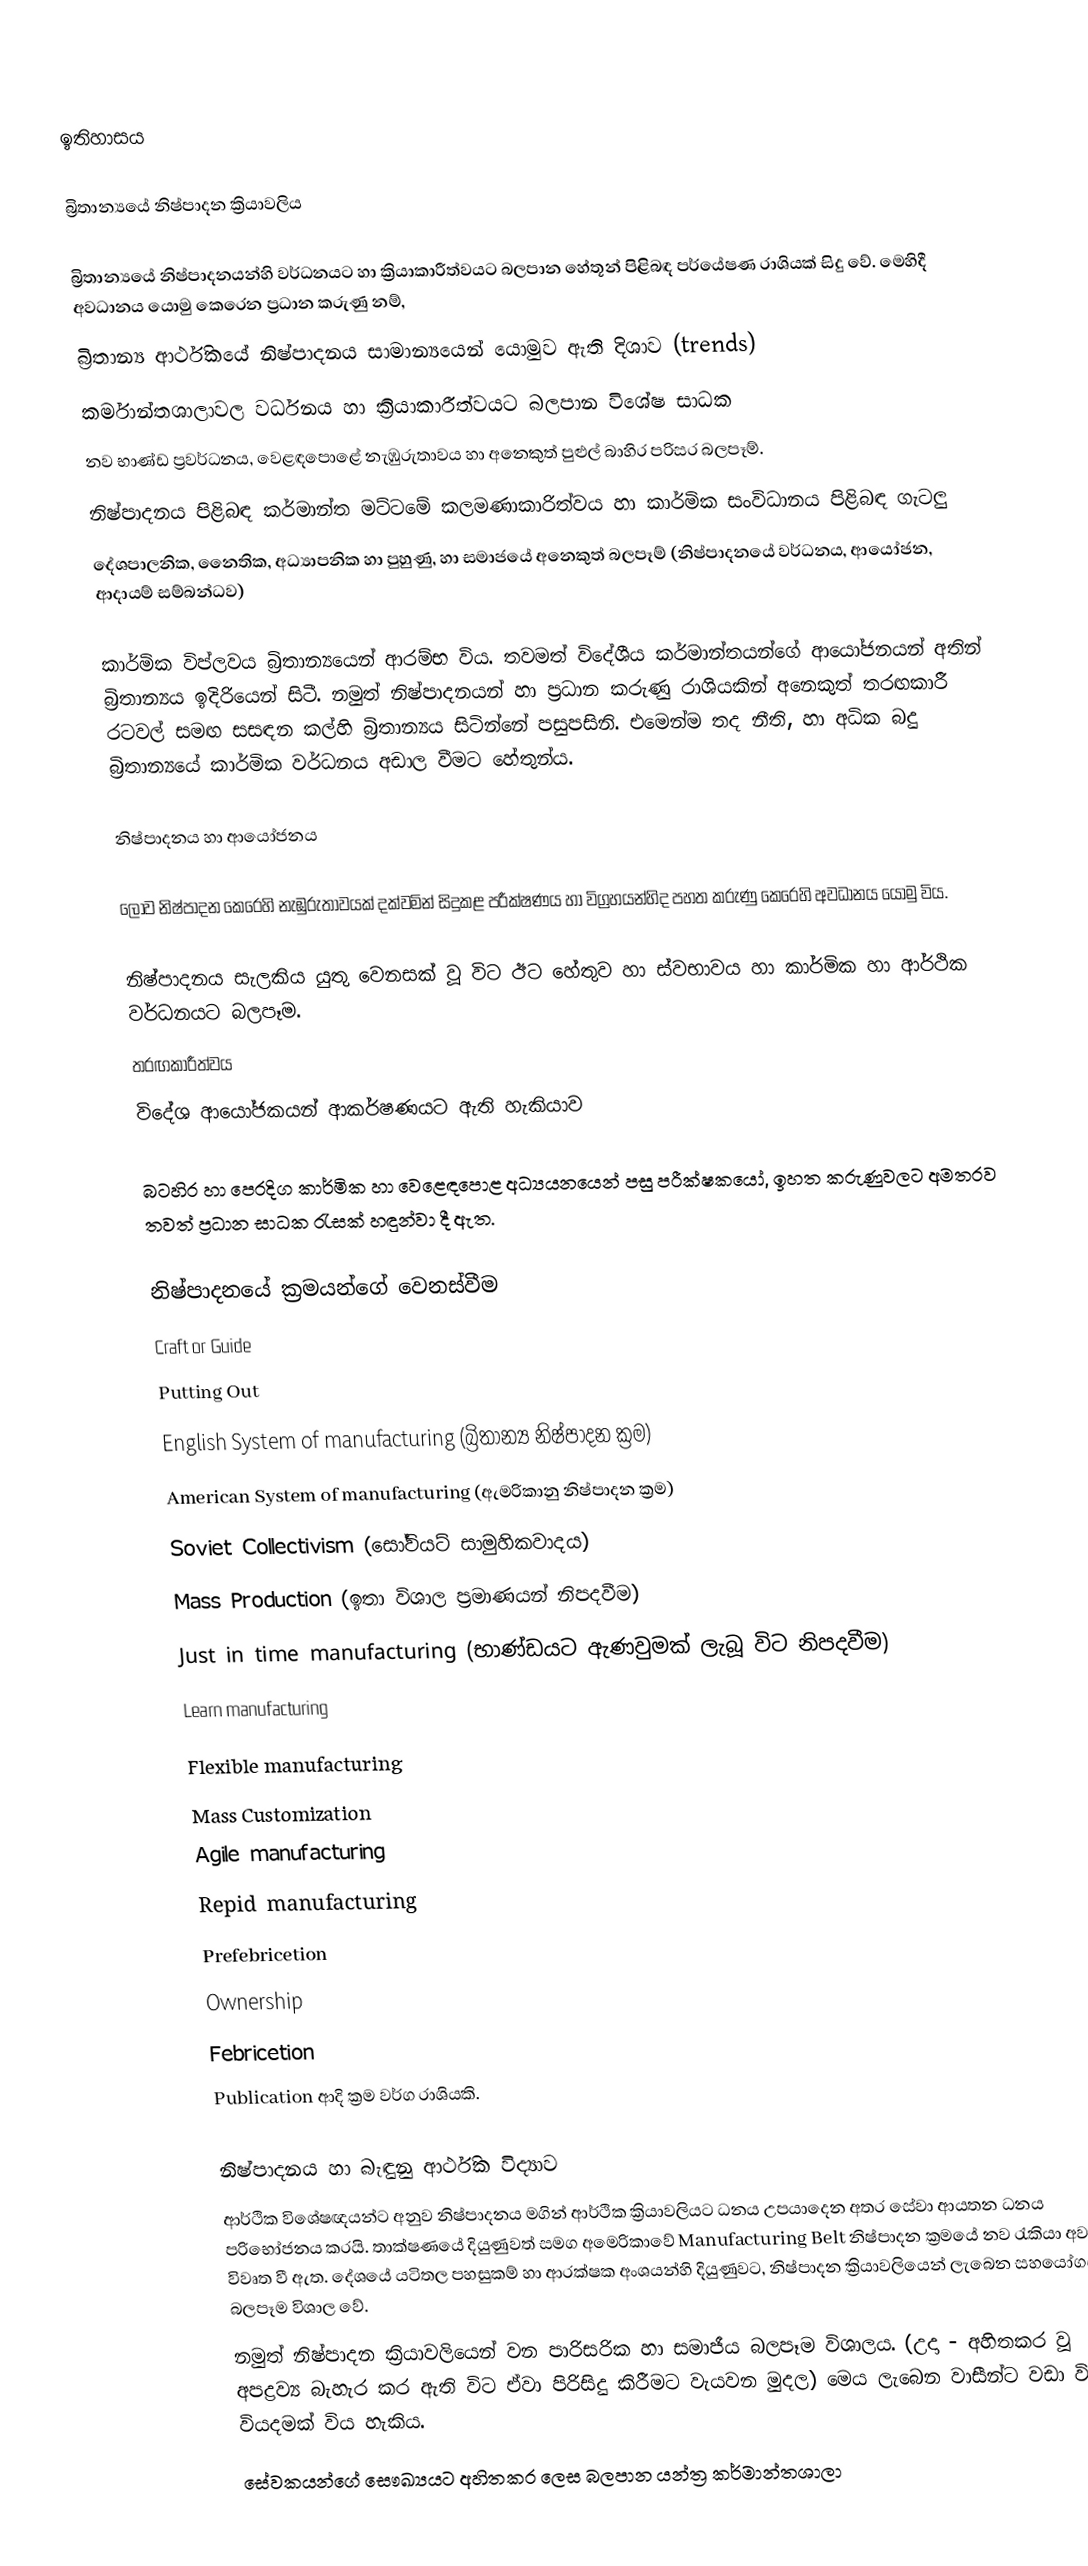

ඉතිහාසය

බ්‍රිතාන්‍යයේ නිෂ්පාදන ක්‍රියාවලිය

බ්‍රිතාන්‍යයේ නිෂ්පාදනයන්හි වර්ධනයට හා ක්‍රියාකාරීත්වයට බලපාන හේතූන් ‍පිළිබඳ පර්යේෂණ රාශියක් සිදු වේ.  මෙහිදී අවධානය යොමු කෙරෙන ප්‍රධාන කරුණු ‍නම්,
බ්‍රිතාන්‍ය ආර්ථිකයේ නිෂ්පාදනය සාමාන්‍යයෙන් යොමුව ඇති දිශාව (trends)
කර්මාන්තශාලාවල වර්ධනය හා ක්‍රියාකාරීත්වයට බලපාන විශේෂ සාධක
නව භාණ්ඩ ප්‍රවර්ධනය, වෙළඳපොළේ නැඹුරුතාවය හා අනෙකුත් පුළුල් බාහිර පරිසර බලපෑම්.
නිෂ්පාදනය පිළිබඳ කර්මාන්ත මට්ටමේ කලමණාකාරිත්වය හා කාර්මික සංවිධානය පිළිබඳ ගැටලු
දේශපාලනික, නෛතික, අධ්‍යාපනික හා පුහුණු, හා සමාජයේ අනෙකුත් බලපෑම් (නිෂ්පාදනයේ වර්ධනය, ආයෝජන, ආදායම් සම්බන්ධව)

කාර්මික විප්ලවය බ්‍රිතාන්‍යයෙන් ආරම්භ විය.  තවමත් විදේශීය කර්මාන්තයන්ගේ ආයෝජනයන් අතින් බ්‍රිතාන්‍යය ඉදිරියෙන් සිටී.  නමුත් නිෂ්පාදනයන් හා ප්‍රධාන කරුණු රාශියකින් අනෙකුත් තරඟකාරී රටවල් සමඟ සසඳන කල්හි බ්‍රිතාන්‍යය සිටින්නේ පසුපසිනි.  එමෙන්ම තද නීති, හා අධික බදු බ්‍රිතාන්‍යයේ කාර්මික වර්ධනය අඩාල වීමට හේතුන්ය.

නිෂ්පාදනය හා ආයෝජනය

ලොව නිෂ්පාදන කෙරෙහි නැඹුරුතාවයක් දක්වමින් සිදුකළ පරීක්ෂණය හා විග්‍රහයන්හිද  පහත කරුණු කෙරෙහි අවධානය යොමු විය.

නිෂ්පාදනය සැලකිය යුතු වෙනසක් වූ විට ඊට හේතුව හා ස්වභාවය හා කාර්මික හා ආර්ථික වර්ධනයට බලපෑම.
තරඟකාරීත්වය
විදේශ ආයෝජකයන් ආකර්ෂණයට ඇති හැකියාව

බටහිර හා පෙරදිග කාර්මික හා වෙළෙඳපොළ අධ්‍යයනයෙන් පසු පරීක්ෂකයෝ, ඉහත කරුණුවලට අමතරව තවත් ප්‍රධාන සාධක රැසක් හඳුන්වා දී ඇත.

නිෂ්පාදනයේ ක්‍රමයන්ගේ වෙනස්වීම
Craft or Guide
Putting Out
English System of manufacturing (බ්‍රිතාන්‍ය නිෂ්පාදන ක්‍රම)
American System of manufacturing (ඇමරිකානු නිෂ්පාදන ක්‍රම)
Soviet Collectivism (සෝවියට් සාමුහිකවාදය)
Mass Production (ඉතා විශාල ප්‍රමාණයන් නිපදවීම)
Just in time manufacturing (භාණ්ඩයට ඇණවුමක් ලැබූ විට නිපදවීම)
Learn manufacturing
Flexible manufacturing
Mass Customization
Agile manufacturing
Repid manufacturing
Prefebricetion
Ownership
Febricetion
Publication ආදි ක්‍රම වර්ග රාශියකි.

නිෂ්පාදනය හා බැඳුනු ආර්ථික විද්‍යාව
ආර්ථික විශේෂඥයන්ට අනුව නිෂ්පාදනය මගින් ආර්ථික ක්‍රියාවලියට ධනය උපයාදෙන අතර සේවා ආයතන ධනය පරිභෝජනය කරයි.  තාක්ෂණයේ දියුණුවත් සමග අමෙරිකාවේ Manufacturing Belt නිෂ්පාදන ක්‍රමයේ නව රැකියා අවස්ථා විවෘත වී ඇත.  දේශයේ යටිතල පහසුකම් හා ආරක්ෂක අංශයන්හි දියුණුවට, නිෂ්පාදන ක්‍රියාවලියෙන් ලැබෙන සහයෝගය හා බලපෑම විශාල වේ.
නමුත් නිෂ්පාදන ක්‍රියාවලියෙන් වන පාරිසරික හා සමාජීය බලපෑම විශාලය.  (උදා - අහිතකර වූ අපද්‍රව්‍ය බැහැර කර ඇති විට ඒවා පිරිසිදු කිරීමට වැයවන මුදල)  මෙය ලැබෙන වාසීන්ට වඩා විශාල වියදමක් විය හැකිය.
සේවකයන්ගේ සෞඛ්‍යයට අහිතකර ලෙස බලපාන යන්ත්‍ර කර්මාන්තශාලා